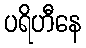
ပရိဟီနေ